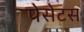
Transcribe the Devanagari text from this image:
पेसेटस